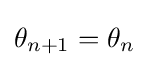
\theta _{n+1}=\theta _{n}